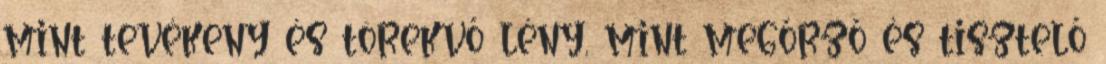
mint tevékeny és törekvő lény, mint megőrző és tisztelő